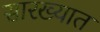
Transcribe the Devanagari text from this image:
सारख्यात